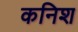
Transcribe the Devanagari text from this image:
कनिश